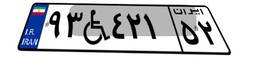
۹۳W۴۲۱۵۲